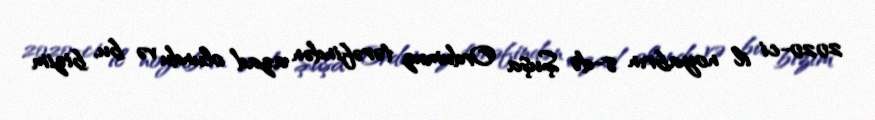
2020-ci il noyabrın 8-də Şuşa Ordumuz tərəfindən azad olundu və bu, bizim